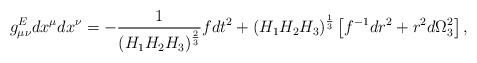
LaTeX: \begin{align*}g^E_{\mu\nu}dx^{\mu}dx^{\nu}=-{1\over{\left(H_1H_2H_3\right)^{2\over 3}}}fdt^2+\left(H_1H_2H_3\right)^{1\over 3}\left[f^{-1}dr^2+r^2d\Omega^2_3\right],\end{align*}